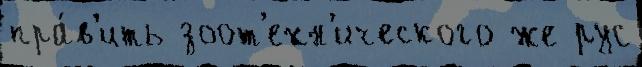
пра́в'ить зоот'ехн'ического же рус